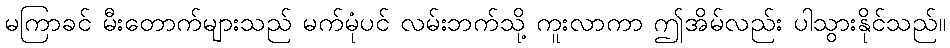
မကြာခင် မီးတောက်များသည် မက်မုံပင် လမ်းဘက်သို့ ကူးလာကာ ဤအိမ်လည်း ပါသွားနိုင်သည်။